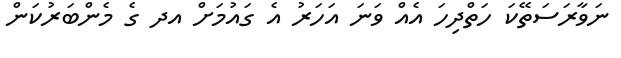
ނަވާރަސަތޭކަ ހަތްދިހަ އެއް ވަނަ އަހަރު އެ ގައުމަށް އދ ގެ މެންބަރުކަން